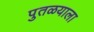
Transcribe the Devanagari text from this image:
पुतळयाला